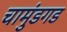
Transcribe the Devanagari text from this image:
चामुंडगड